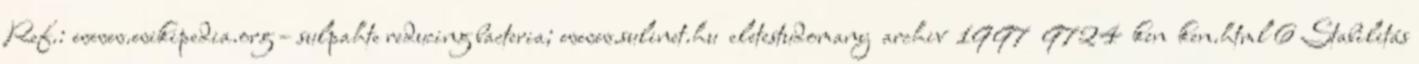
Ref.: www.wikipedia.org – sulpahte reducing bacteria; www.sulinet.hu eletestudomany archiv 1997 9724 ken ken.html 6 Stabilitás